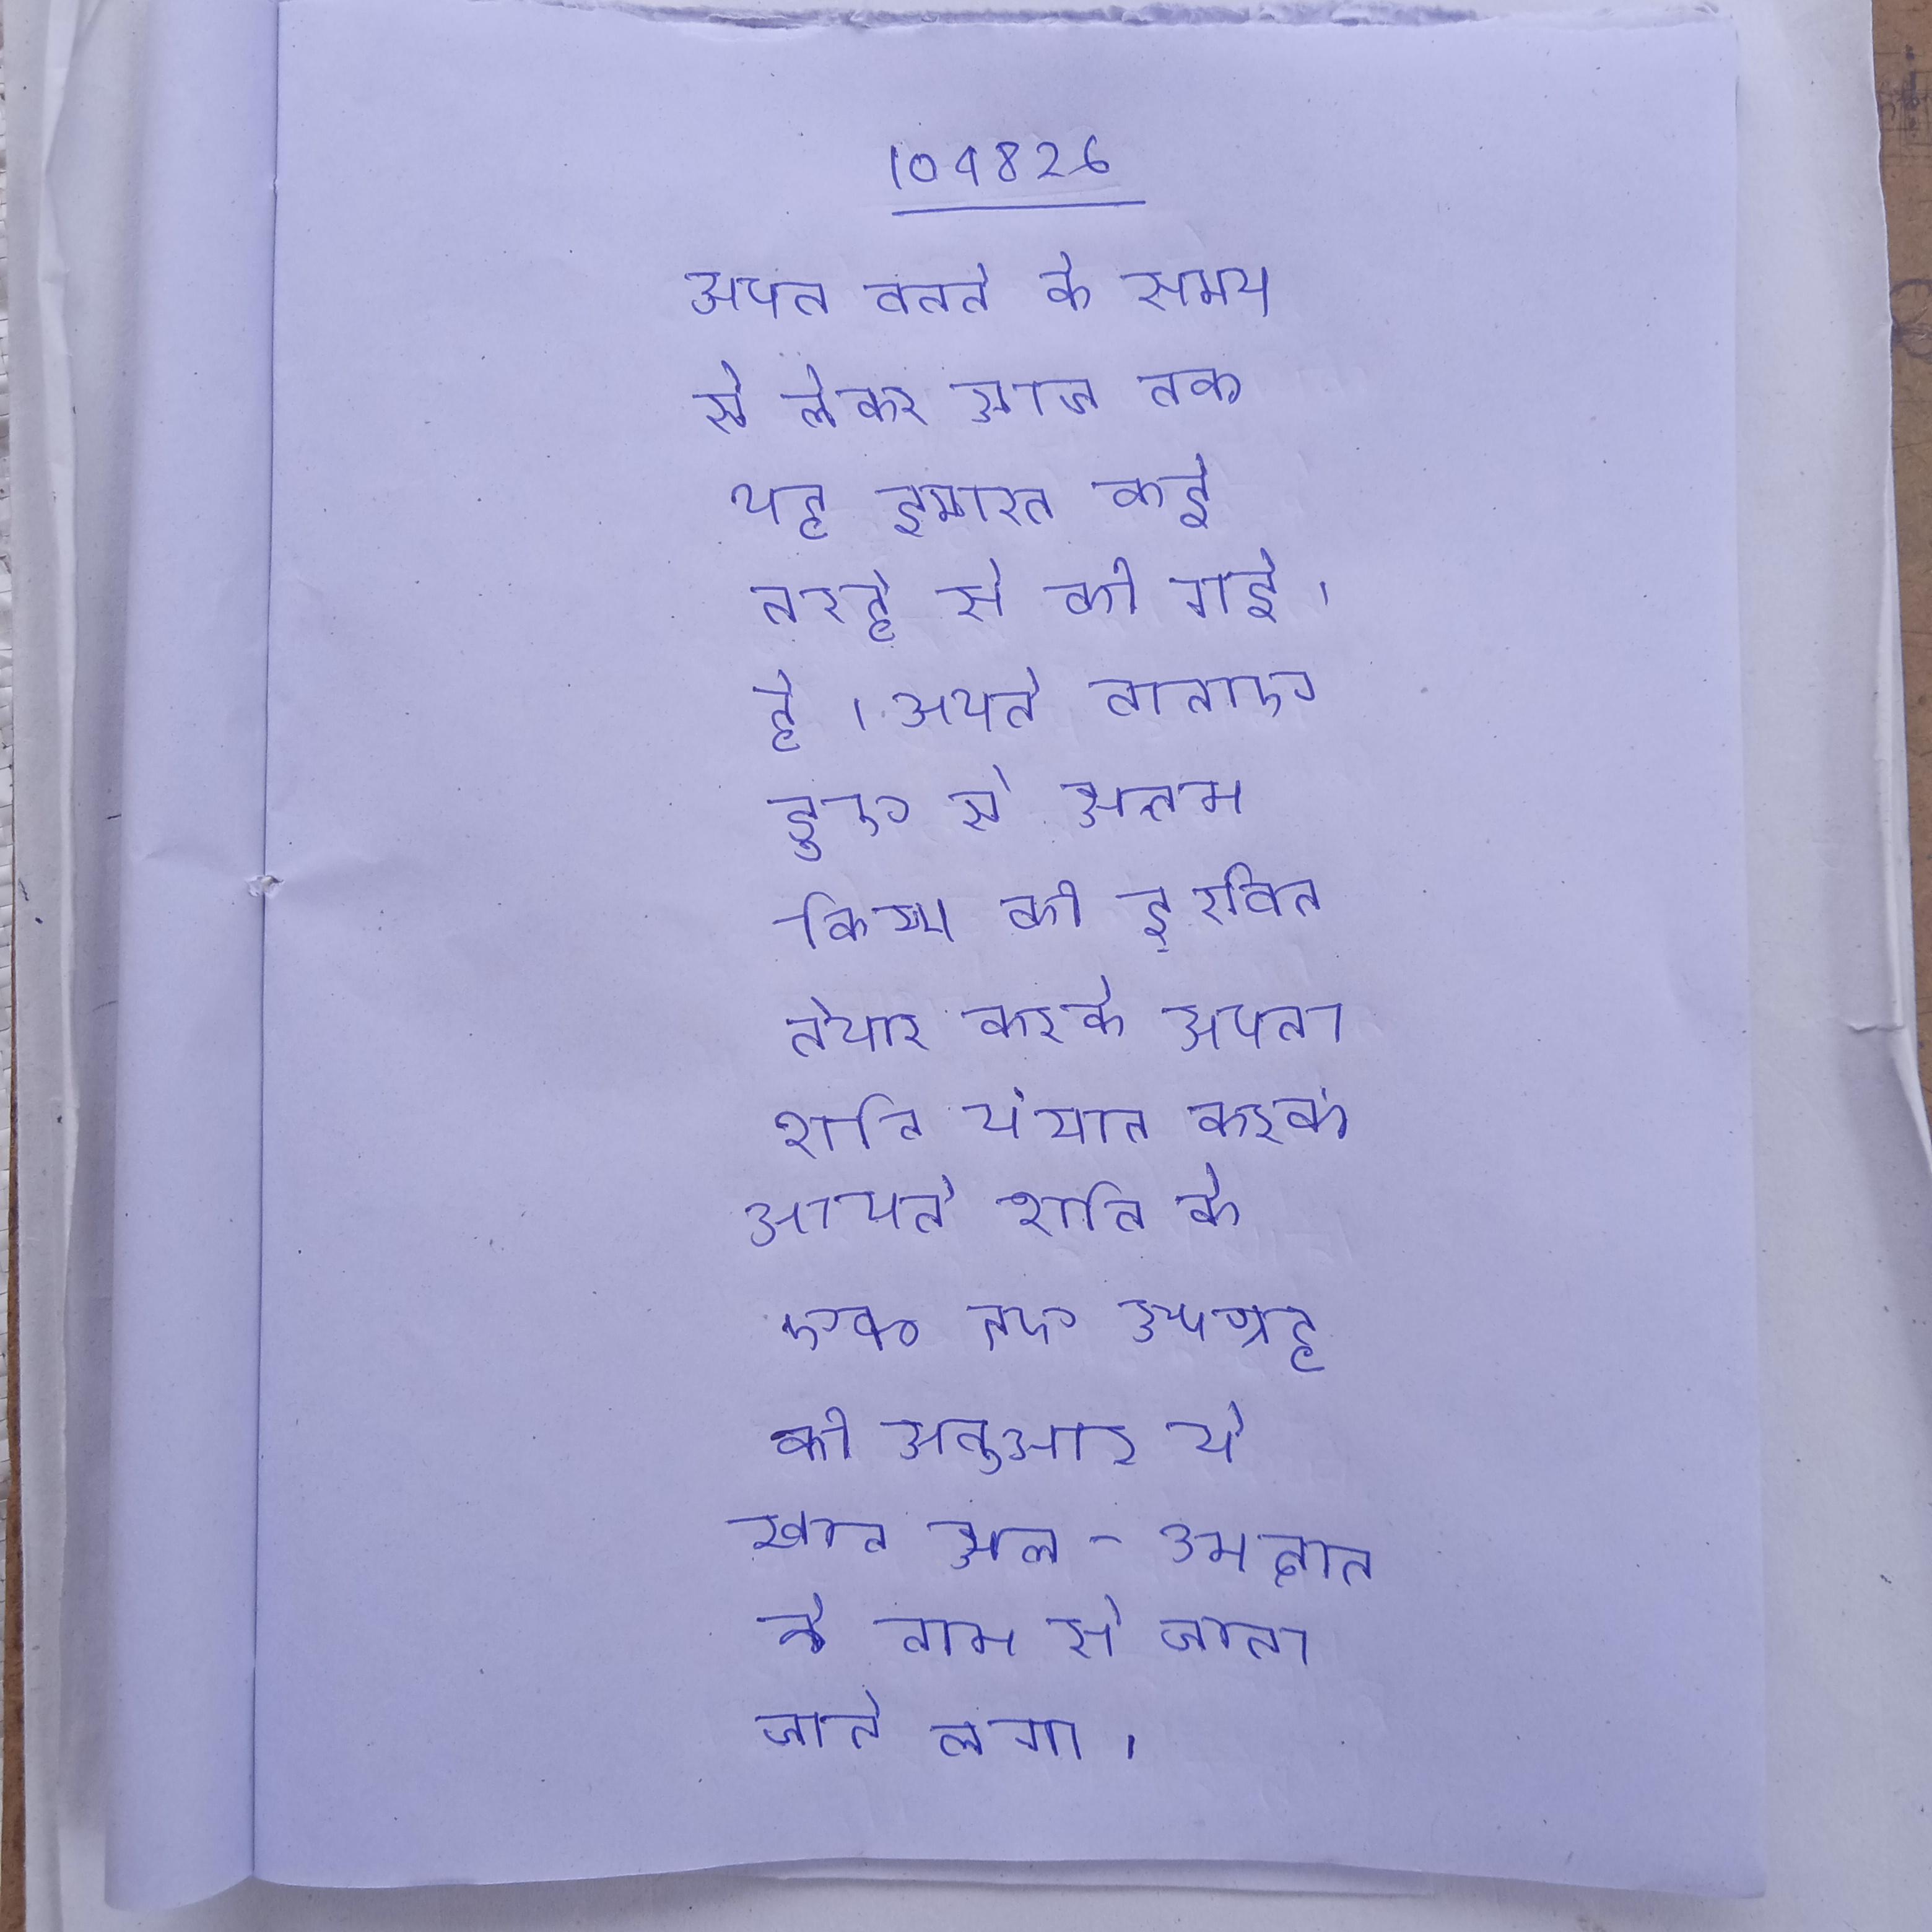
अपने बनने के समय से लेकर आज तक यह इमारत कई तरह से की गई है । अपने बनाए हुए से उत्तम किस्म की दूरबीन तैयार करके आपने शनि के एक नए उपग्रह की खोज की । अपने बनावट के अनुसार कई होने के कारण ये खान अल-उमदान के नाम से जाना जाने लगा ।